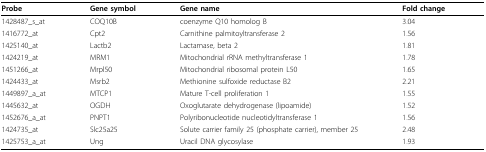
| Probe | Gene symbol | Gene name | Fold change |
 | --- | --- | --- | --- |
 | 1428487_s_at | COQ10B | coenzyme Q10 homolog B | 3.04 |
 | 1416772_at | Cpt2 | Carnithine palmitoyltransferase 2 | 1.56 |
 | 1425140_at | Lactb2 | Lactamase, beta 2 | 1.81 |
 | 1424219_at | MRM1 | Mitochondrial rRNA methyltransferase 1 | 1.78 |
 | 1451266_at | Mrpl50 | Mitochondrial ribosomal protein L50 | 1.65 |
 | 1424433_at | Msrb2 | Methionine sulfoxide reductase B2 | 2.21 |
 | 1449897_a_at | MTCP1 | Mature T-cell proliferation 1 | 1.55 |
 | 1445632_at | OGDH | Oxoglutarate dehydrogenase (lipoamide) | 1.52 |
 | 1452676_a_at | PNPT1 | Polyribonucleotide nucleotidyltransferase 1 | 1.56 |
 | 1424735_at | Slc25a25 | Solute carrier family 25 (phosphate carrier), member 25 | 2.48 |
 | 1425753_a_at | Ung | Uracil DNA glycosylase | 1.93 |